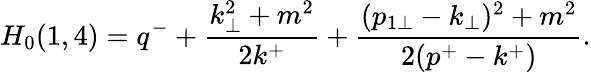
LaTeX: H_{0}(1,4)=q^{-}+\frac{k_{\perp}^{2}+m^{2}}{2k^{+}}+\frac{(p_{1\perp}-k_{\perp})^{2}+m^{2}}{2(p^{+}-k^{+})}.